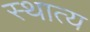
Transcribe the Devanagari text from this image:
स्थात्य